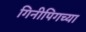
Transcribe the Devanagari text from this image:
गिनीपिगच्या